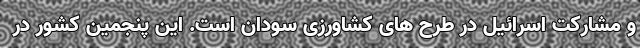
و مشارکت اسرائیل در طرح های کشاورزی سودان است. این پنجمین کشور در